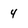
Character: 4